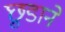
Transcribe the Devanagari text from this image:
छ़ुडाने